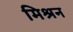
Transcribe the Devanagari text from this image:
मिश्रन